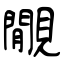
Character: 覵